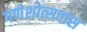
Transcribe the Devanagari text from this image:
गणेशोत्सवास